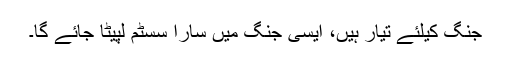
جنگ کیلئے تیار ہیں، ایسی جنگ میں سارا سسٹم لپیٹا جائے گا۔